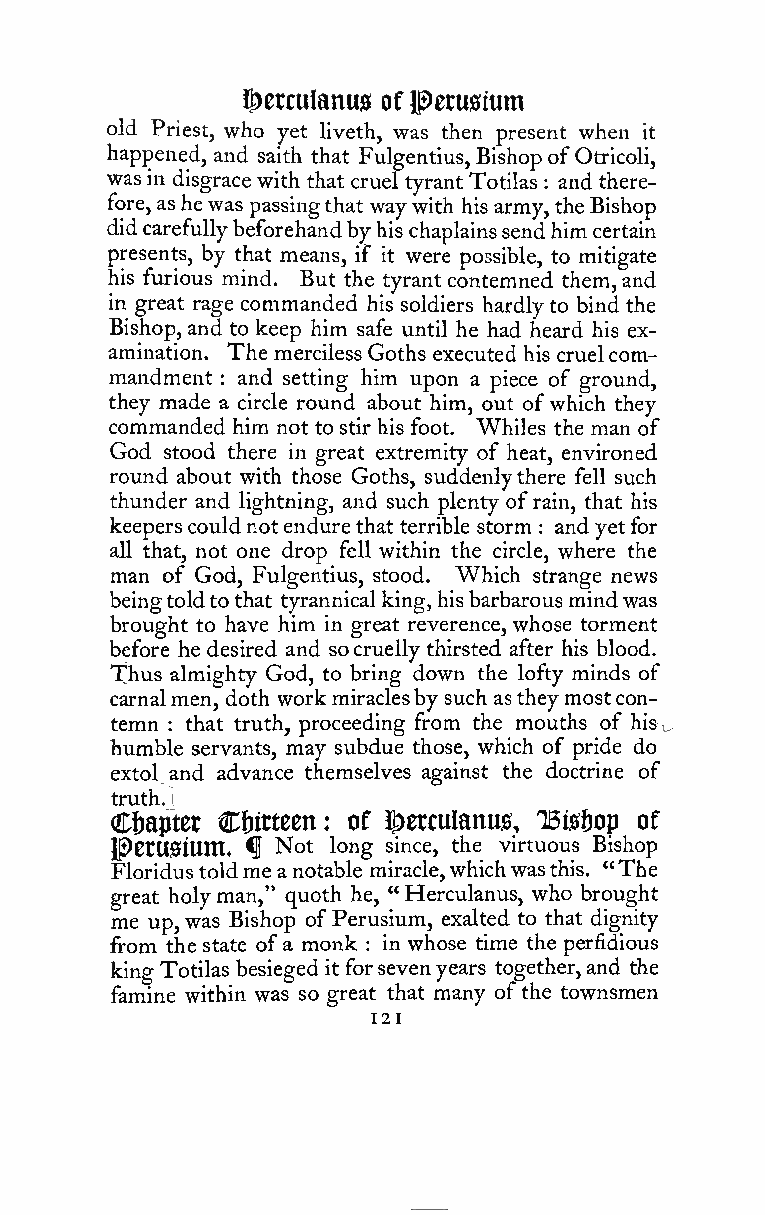
^etculanus of l^erusium
 old Priest, who yet liveth, was then present when it
 happened, and saith that Fulgentius, Bishop ofOtricoli,
 wasin disgrace with that cruel tyrant Totilas and there-
 :
 fore,ashewas passingthat waywith his army, theBishop
 didcarefullybeforehandbyhis chaplainssendhimcertain
 presents, by that means, if it were possible, to mitigate
 his furious mind. But the tyrant contemned them,and
 in great rage commanded his soldiers hardlyto bind the
 Bishop,and to keep him safe until he had heard his ex-
 amination. The merciless Goths executed his cruelcom-
 mandment and setting him upon a piece of ground,
 :
 they made a circle round about him, out ofwhich they
 commanded him not to stir his foot. Whiles the man of
 God stood there in great extremity of heat, environed
 round about with those Goths, suddenlythere fell such
 thunder and lightning, and such plenty ofrain, that his
 keeperscouldnotendurethat terrible storm and yetfor
 :
 all that, not one drop fell within the circle, where the
 man of God, Fulgentius, stood. Which strange news
 beingtoldtothat tyrannical king, hisbarbarousmindwas
 brought to have him in great reverence, whose torment
 before he desired and socruelly thirsted after his blood.
 Thus almighty God, to bring down the lofty minds of
 carnalmen, doth workmiraclesby such astheymostcon-
 temn that truth, proceeding from the mouths of his^.
 :
 humble servants, may subdue those, which of pride do
 extolsand advance themselves against the doctrine of
 truth.l
 C&aptet Ct)itteen: of !|)erculanus, TBis&op of
 lp0tU0iUin, fl Not long since, the virtuous Bishop
 Floridustoldme anotable miracle,whichwasthis. "The
 great holyman," quoth he, "Herculanus, who brought
 me up,was Bishop ofPerusium, exalted to that dignity
 from the state ofa monk : in whose time the perfidious
 king Totilas besieged it forsevenyears together,and the
 famine within was so great that many ofthe townsmen
 121